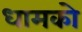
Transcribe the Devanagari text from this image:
धामको